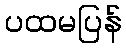
ပထမပြန်